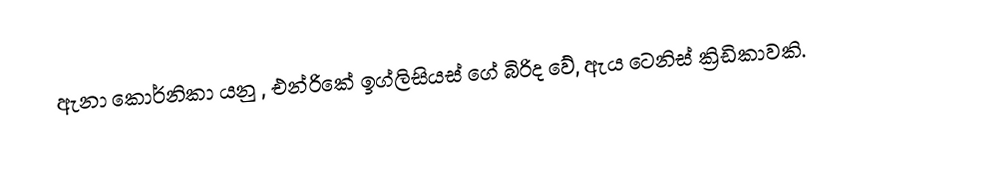
ඇනා කොර්නිකා යනු , එන්රිකේ ඉග්ලිසියස් ගේ බිරිද වේ,  ඇය ටෙනිස් ක්‍රිඩිකාවකි.